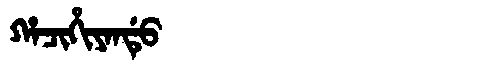
Manchu: ᡥᠠᠴᡳᡥᡳᠶᠠᠨᡩᡠ
Romanization: HACIHIYANDU